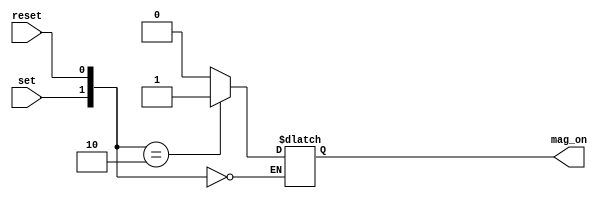
module sr_latch (
    input wire set,         
    input wire reset,         
    output reg mag_on        
);

    always @(set, reset) begin
        case ({set, reset})
            2'b00: begin
                mag_on <= mag_on;       // Se set e R forem ambos 0, mantenha o estado atual
                
            end
            2'b01: begin
                mag_on <= 0;    // Se set for 0 e R for 1, o latch  reset (Q = 0)
                
            end
            2'b10: begin
                mag_on <= 1;    // Se set for 1 e R for 0, o latch  set (Q = 1)
                
            end
            2'b11: begin
                mag_on <= 0;       // Se set e R forem ambos 1, mantenha o estado atual
                
            end
        endcase
    end

endmodule